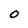
Character: O